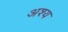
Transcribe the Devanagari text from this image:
अश्य